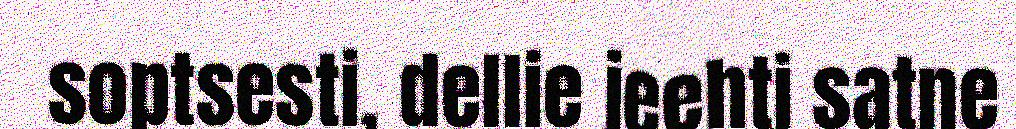
soptsesti, dellie jeehti satne